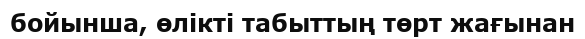
бойынша, өлікті табыттың төрт жағынан